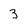
Character: 3